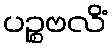
ပဉ္စဗလိံ